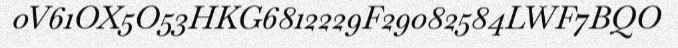
0V61OX5O53HKG6812229F29082584LWF7BQO